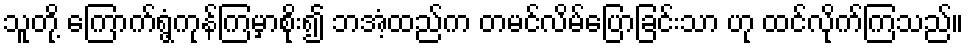
သူတို့ ကြောက်ရွံ့ကုန်ကြမှာစိုး၍ ဘအံ့ထည်က တမင်လိမ်ပြောခြင်းသာ ဟု ထင်လိုက်ကြသည်။